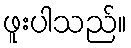
ဖူးပါသည်။